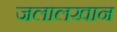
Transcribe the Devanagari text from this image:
जलालखान